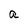
Character: a